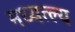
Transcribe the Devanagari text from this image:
मध्यत्ल्य